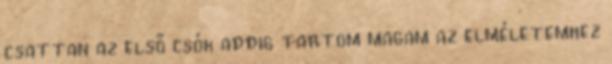
csattan az első csók addig tartom magam az elméletemhez